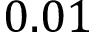
0 . 0 1